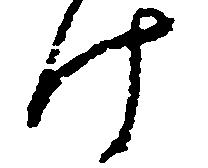
け